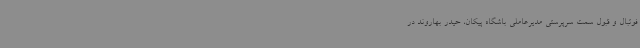
فوتبال و قبول سمت سرپرستی مدیرعاملی باشگاه پیکان، حیدر بهاروند در